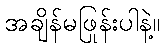
အချိန်မဖြုန်းပါနဲ့။